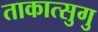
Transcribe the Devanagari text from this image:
ताकात्सुगु